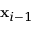
\mathbf x _ { i - 1 }